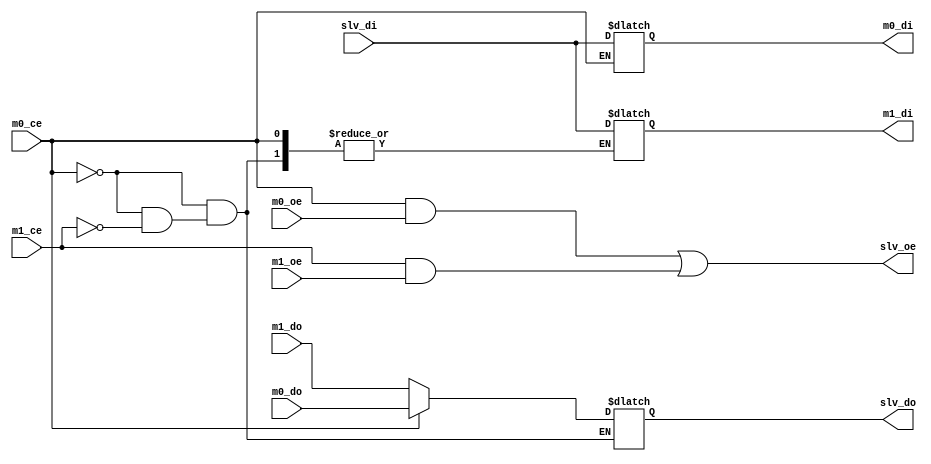
module inout_switch #(
	parameter data_width = 16
) (
	output slv_oe,
	input [data_width-1:0] slv_di,
	output reg [data_width-1:0] slv_do,

	input m0_ce,
	input m0_oe,
	output reg [data_width-1:0] m0_di,
	input [data_width-1:0] m0_do,

	input m1_ce,
	input m1_oe,
	output reg [data_width-1:0] m1_di,
	input [data_width-1:0] m1_do
);

assign slv_oe = (m0_ce & m0_oe) | (m1_ce & m1_oe);

always @(*) begin
	if (m0_ce) begin
		slv_do = m0_do;
		m0_di  = slv_di;
//		m1_di  = {data_width{1'bz}};
	end
	else if (m1_ce) begin
		slv_do = m1_do;
//		m0_di  = {data_width{1'bz}};
		m1_di  = slv_di;
	end
// 	else begin
// 		slv_do = {data_width{1'bz}};
// 		m0_di  = {data_width{1'bz}};
// 		m1_di  = {data_width{1'bz}};
// 	end 
end

endmodule